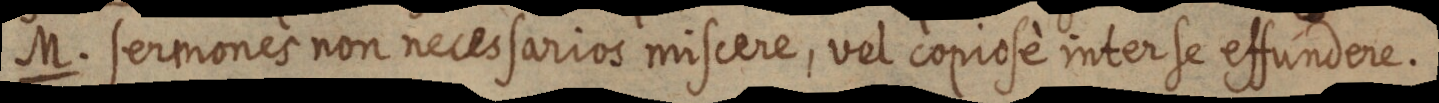
M. sermones non necessarios miscere, vel copiose interse effundere.